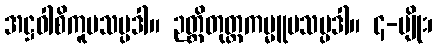
အဋ္ဌဝါစိကူပသမ္ပဒါ။ ဉတ္တိတုတ္တကမ္မူပသမ္ပဒါ။ ၄-မျိုး၊